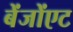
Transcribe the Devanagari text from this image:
बेंजोंएट